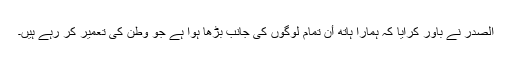
الصدر نے باور کرایا کہ ہمارا ہاتھ اٴْن تمام لوگوں کی جانب بڑھا ہوا ہے جو وطن کی تعمیر کر رہے ہیں۔